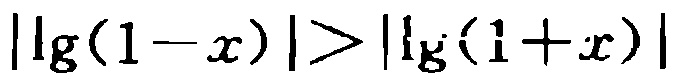
\(\vert\lg(1 - x)\vert > \vert\lg(1 + x)\vert\)